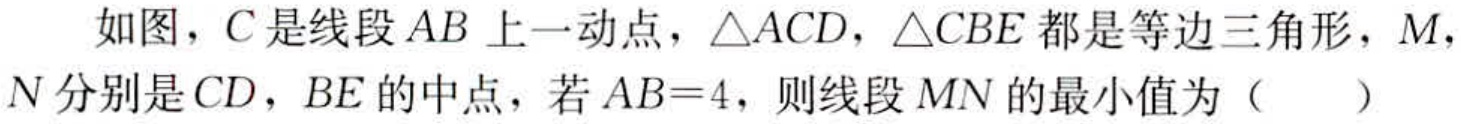
如图，\(C\)是线段\(AB\)上一动点，\(\triangle ACD\)，\(\triangle CBE\)都是等边三角形，\(M\)，\(N\)分别是\(CD\)，\(BE\)的中点，若\(AB = 4\)，则线段\(MN\)的最小值为（  ）